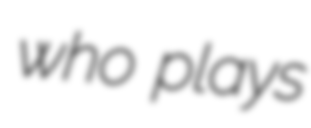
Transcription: who plays